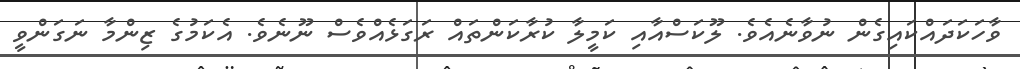
ވާހަކަދައްކައިގެން ނުވާނެއެވެ. ލޫކަސްއާއި ކަމީލާ ކުރާކަންތައް ރަގަޅެއްވެސް ނޫނެވެ. އެކަމުގެ ޒިންމާ ނަގަންވީ